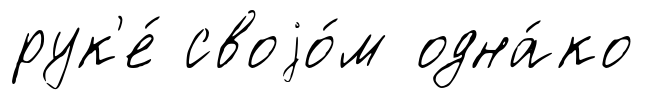
рук'е́ своjо́м одна́ко